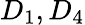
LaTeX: D_{1},D_{4}